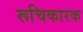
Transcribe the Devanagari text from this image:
रूचिकारक